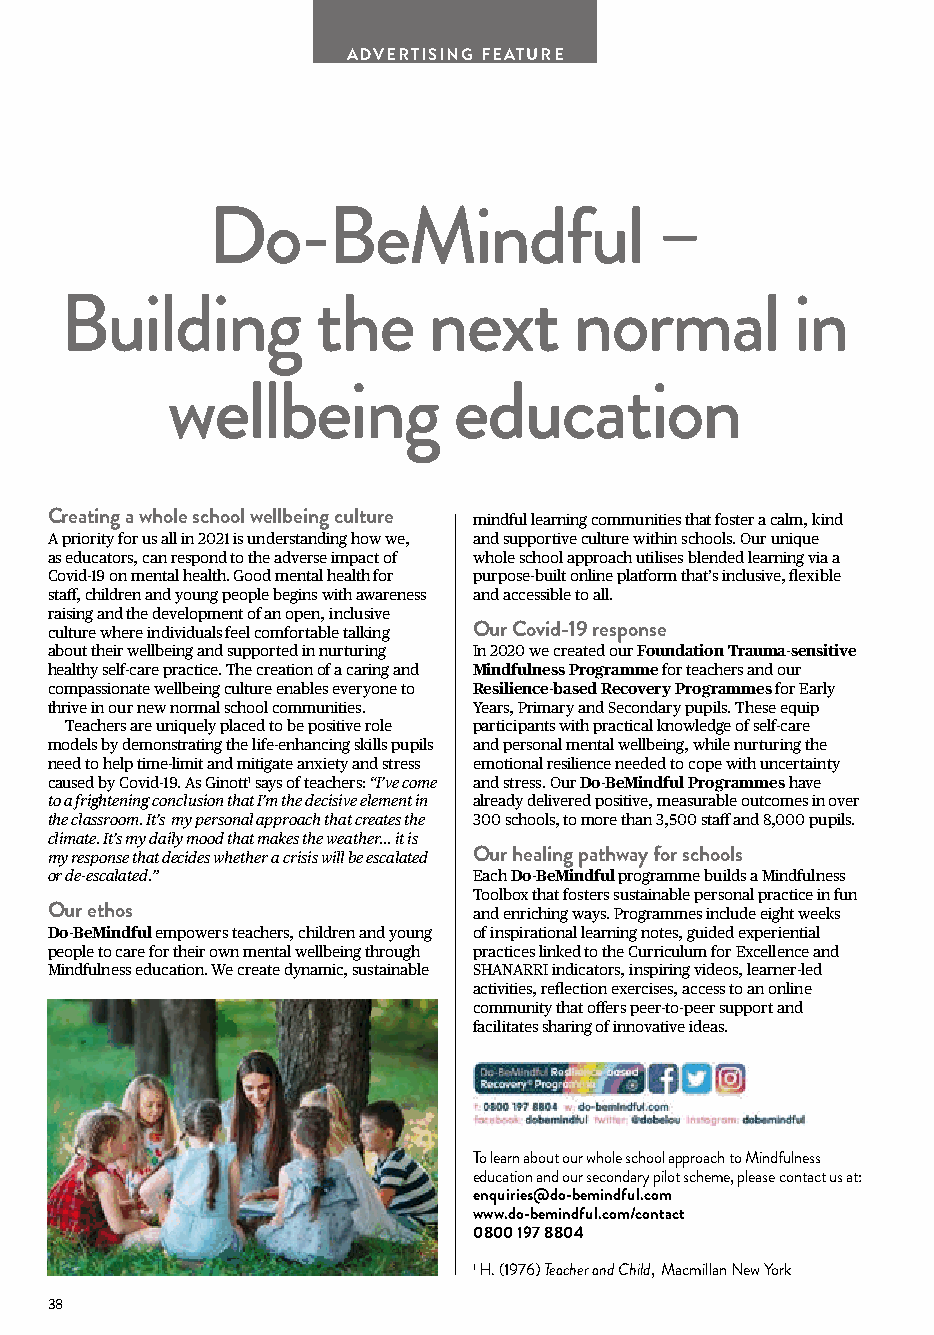
ADVERTISING FEATURE
 Do-BeMindful                  –
 Building         the    next      normal        in
 wellbeing          education
 Creating a whole school wellbeing culture mindful learning communities that foster a calm, kind
 A priority for us all in 2021 is understanding how we, and supportive culture within schools. Our unique
 as educators, can respond to the adverse impact of whole school approach utilises blended learning via a
 Covid-19 on mental health. Good mental health for purpose-built online platform that’s inclusive, flexible
 staff, children and young people begins with awareness and accessible to all.
 raising and the development of an open, inclusive
 culture where individuals feel comfortable talking Our Covid-19 response
 about their wellbeing and supported in nurturing In 2020 we created our Foundation Trauma-sensitive
 healthy self-care practice. The creation of a caring and Mindfulness Programme for teachers and our
 compassionate wellbeing culture enables everyone to Resilience-based Recovery Programmes for Early
 thrive in our new normal school communities. Years, Primary and Secondary pupils. These equip
 Teachers are uniquely placed to be positive role participants with practical knowledge of self-care
 models by demonstrating the life-enhancing skills pupils and personal mental wellbeing, while nurturing the
 need to help time-limit and mitigate anxiety and stress emotional resilience needed to cope with uncertainty
 caused by Covid-19. As Ginott1 says of teachers: “I’ve come and stress. Our Do-BeMindful Programmes have
 to a frightening conclusion that I’m the decisive element in already delivered positive, measurable outcomes in over
 the classroom. It’s my personal approach that creates the 300 schools, to more than 3,500 staff and 8,000 pupils.
 climate. It’s my daily mood that makes the weather... it is
 my response that decides whether a crisis will be escalated Our healing pathway for schools
 or de-escalated.”           Each Do-BeMindful programme builds a Mindfulness
 Toolbox that fosters sustainable personal practice in fun
 Our ethos                   and enriching ways. Programmes include eight weeks
 Do-BeMindful empowers teachers, children and young of inspirational learning notes, guided experiential
 people to care for their own mental wellbeing through practices linked to the Curriculum for Excellence and
 Mindfulness education. We create dynamic, sustainable SHANARRI indicators, inspiring videos, learner-led
 activities, reflection exercises, access to an online
 community that offers peer-to-peer support and
 facilitates sharing of innovative ideas.
 To learn about our whole school approach to Mindfulness
 education and our secondary pilot scheme, please contact us at:
 enquiries@do-bemindful.com
 www.do-bemindful.com/contact
 0800 197 8804
 1 H. (1976) Teacher and Child, Macmillan New York
 38